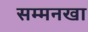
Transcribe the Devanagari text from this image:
सम्मनखा